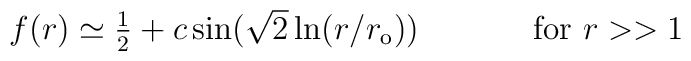
\begin{array}{cc}f(r)\simeq \textstyle{\frac{1}{2}}+c\sin (\sqrt{2}\ln(r/r_{\rm{o}}))~~~~&~~~~\mbox{for}~r>>1\end{array}